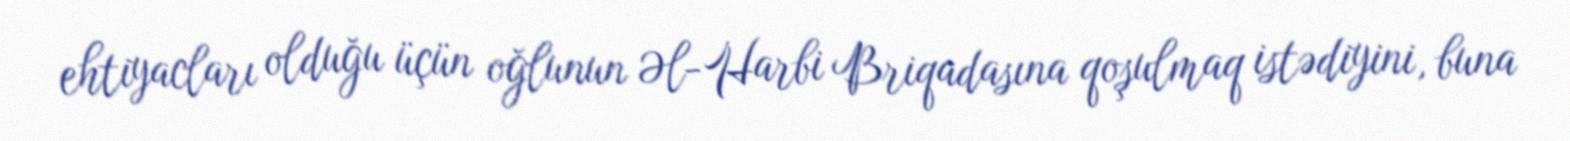
ehtiyacları olduğu üçün oğlunun Əl-Harbi Briqadasına qoşulmaq istədiyini, buna